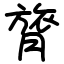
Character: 膂